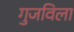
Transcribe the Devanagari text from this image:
गुजविला